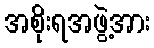
အစိုးရအဖွဲ့အား